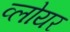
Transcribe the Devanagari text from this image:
व्लोयर